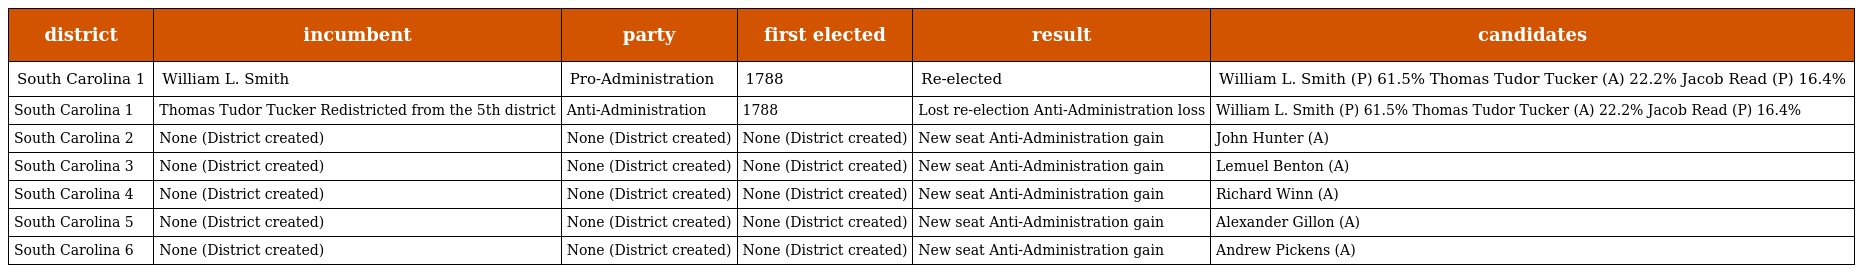
| district | incumbent | party | first elected | result | candidates |
 | --- | --- | --- | --- | --- | --- |
 | South Carolina 1 | William L. Smith | Pro-Administration | 1788 | Re-elected | William L. Smith (P) 61.5% Thomas Tudor Tucker (A) 22.2% Jacob Read (P) 16.4% |
 | South Carolina 1 | Thomas Tudor Tucker Redistricted from the 5th district | Anti-Administration | 1788 | Lost re-election Anti-Administration loss | William L. Smith (P) 61.5% Thomas Tudor Tucker (A) 22.2% Jacob Read (P) 16.4% |
 | South Carolina 2 | None (District created) | None (District created) | None (District created) | New seat Anti-Administration gain | John Hunter (A) |
 | South Carolina 3 | None (District created) | None (District created) | None (District created) | New seat Anti-Administration gain | Lemuel Benton (A) |
 | South Carolina 4 | None (District created) | None (District created) | None (District created) | New seat Anti-Administration gain | Richard Winn (A) |
 | South Carolina 5 | None (District created) | None (District created) | None (District created) | New seat Anti-Administration gain | Alexander Gillon (A) |
 | South Carolina 6 | None (District created) | None (District created) | None (District created) | New seat Anti-Administration gain | Andrew Pickens (A) |